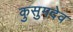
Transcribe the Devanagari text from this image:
कुसुमदेव